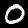
Label: 0